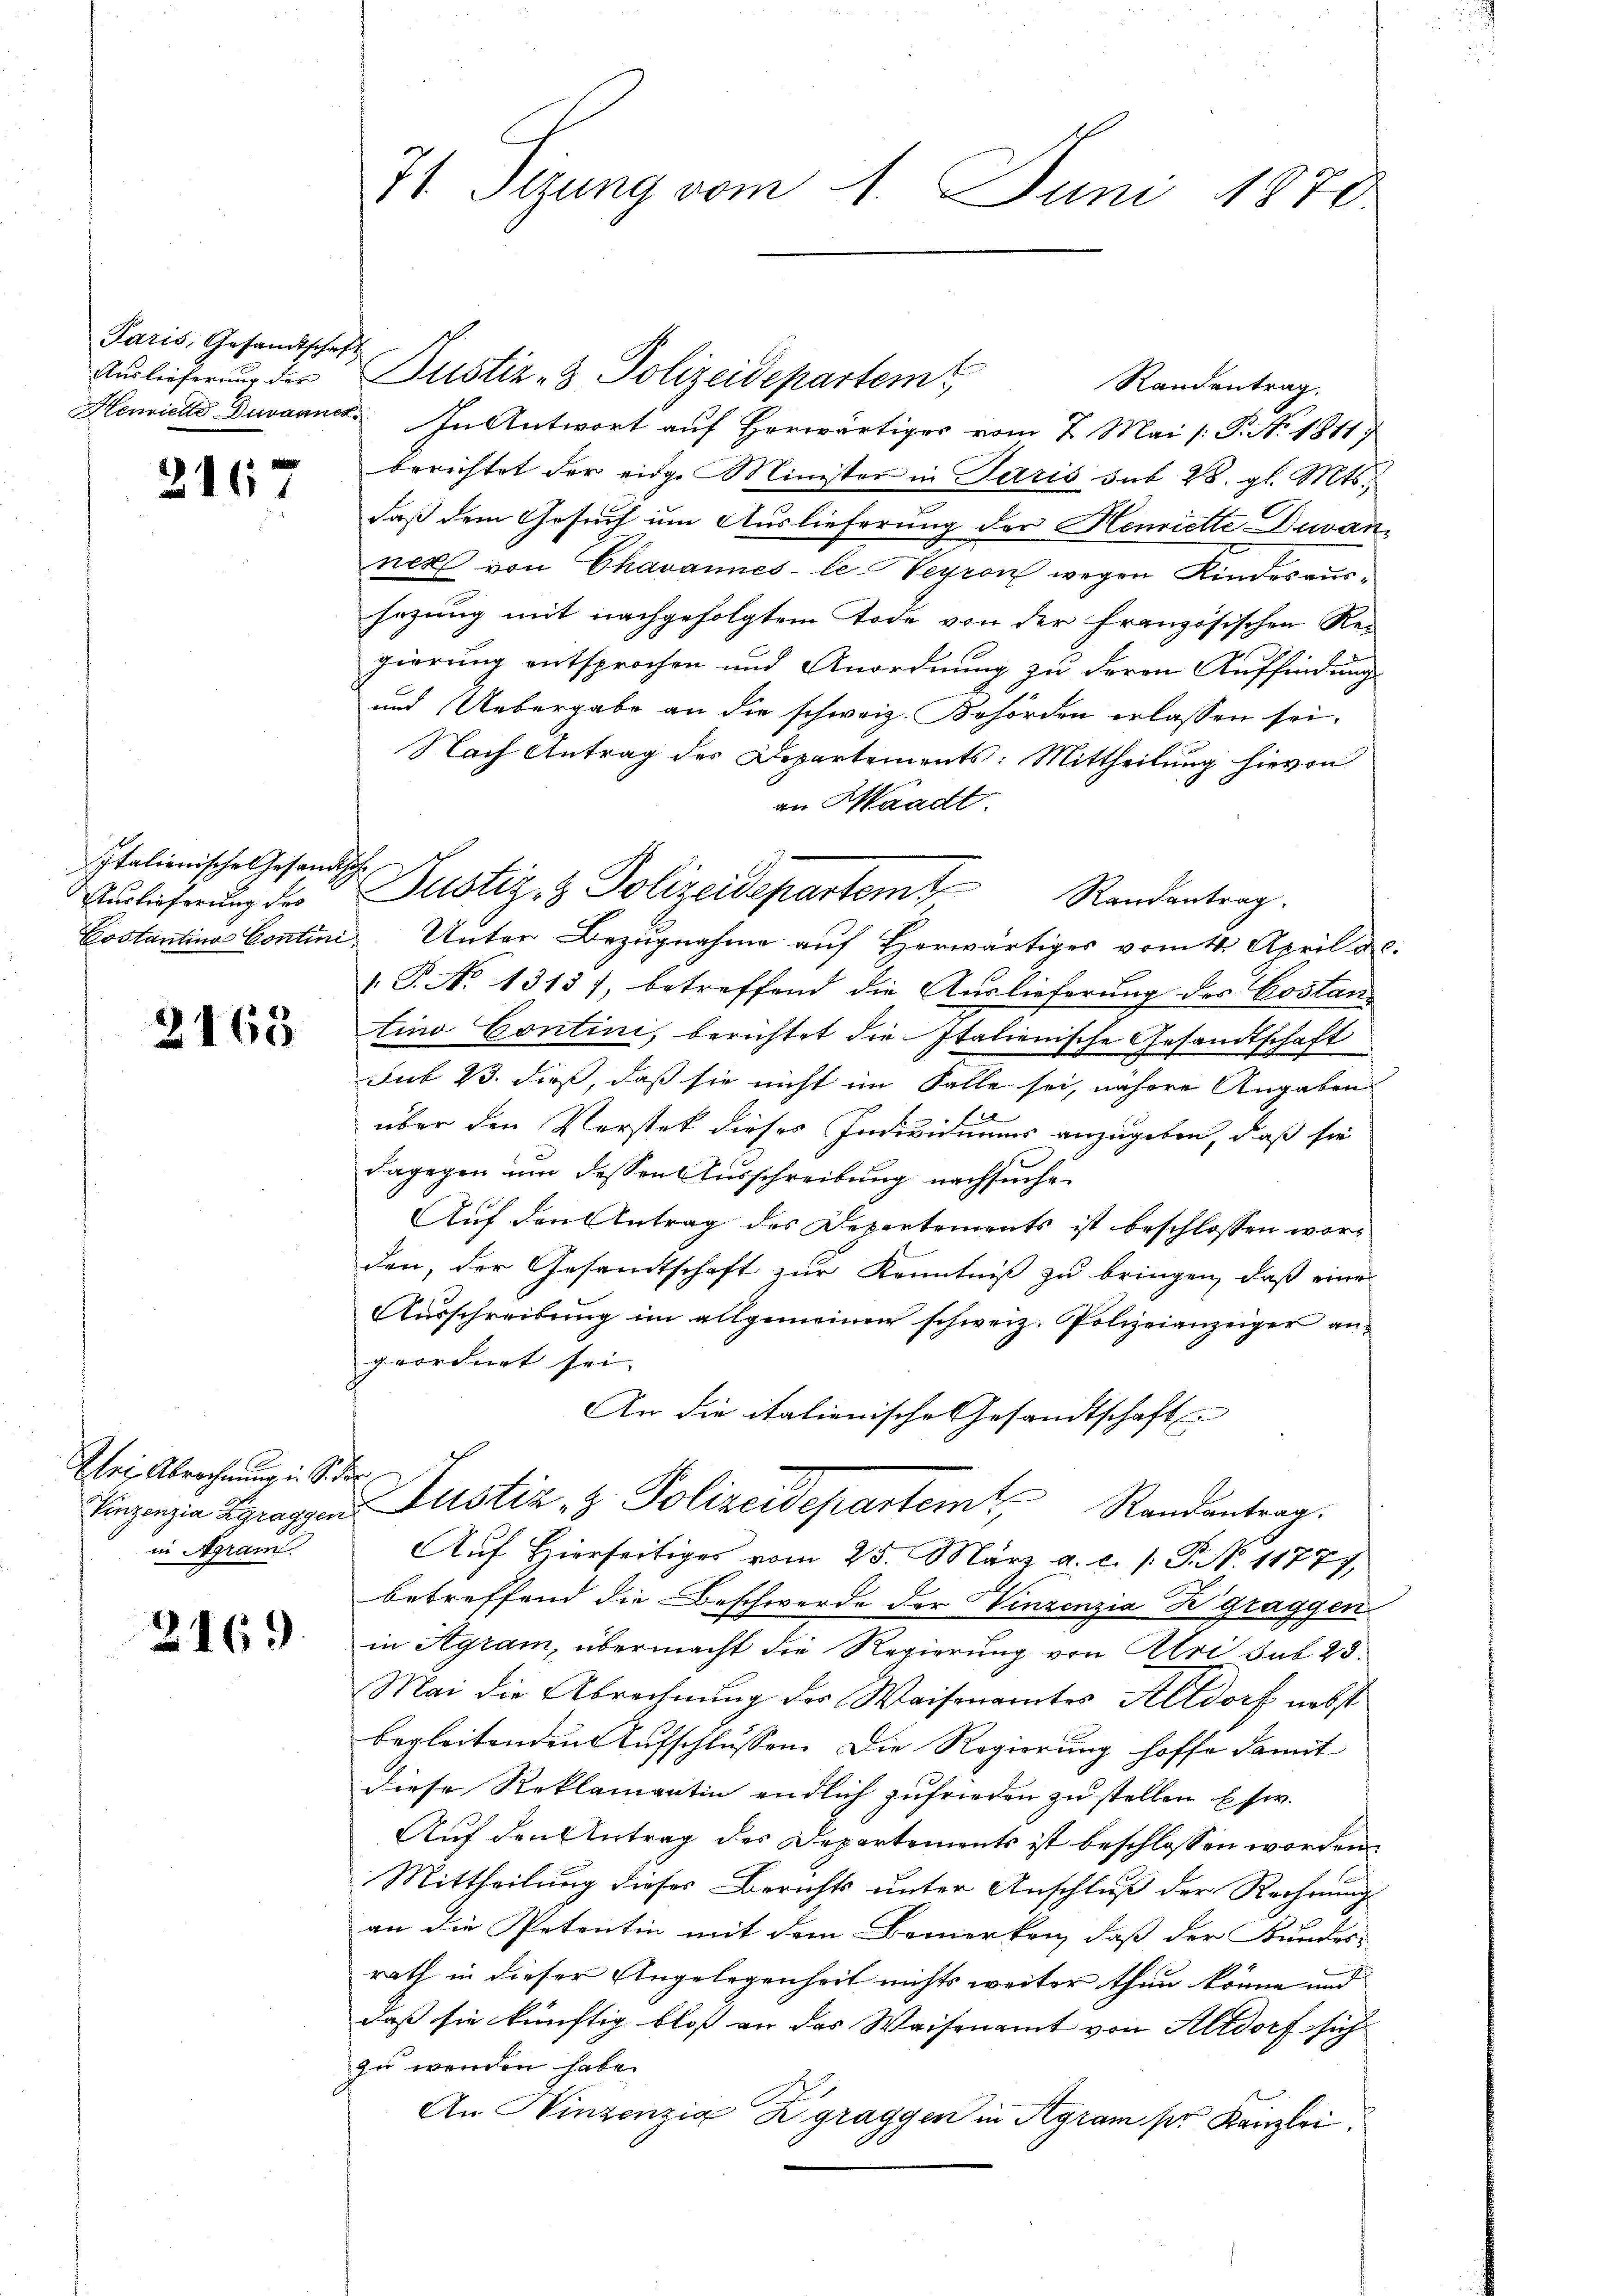
Paris, Gesandtschaft

2167

Italienische Gesandtsche
Auslieferung der

2163

Elei Abrechnung i. S.
Vinzenzia Zgraggen
in Agram

2169

7t Sitzung vom 1. Juni 1870

Auslieferŭng der Justiz- & Polizeidepartem
Randantrag.
Henrichte Duvannes. In Antwort auf Horwärtiges vom 7. Mai /: P. No. 1811.
berichtet der einge Minister in Paris sub 28. gl. Mts.,
daß dem Gesuch um Auslieferung der Henriette Duvan-
nes von Chavannes-le-Teyron wegen Kindesaussezung mit nachgefolgtem Tode von der französischen Regiörung entsprochen und Anordnung zu deren Auffindung
und Uebergabe an die schweiz. Behörden erlassen sei.
Nach Antrag des Departements: Mittheilung hievon
an Waadt.
Costantina Contini Unter Bezugnahme auf Herwärtiges vom 14. April a.c.
.P. No 1313), betreffend die Auslieferung des Costantino Contini, berichtet die Italienische Gesandtschaft
sub 23. dieß, daß sie nicht im Falle sei, nähere Angaben
über den Verstet dieses Individuums anzugeben, daß sie
dagegen um dessen Ausschreibung nachsuche.
Auf den Antrag des Departements ist beschlossen worden, der Gesandtschaft zur Kenntniß zu bringen, daß eine
Aŭsschreibŭng im allgemeinen schweiz. Polizeianzeiger angeordnet sei.
An die italienische Gesandtschaft
2
Justiz- & Polizeidepartem Randantrag.
Auf Hierseitiges vom 25. März a. c. /: P. N. 11777,
betreffend die Beschwerde der Vinzenzia Zgraggen
in Agram, übermacht die Regierung von Atri sub 23.
Mai die Abrechnung des Waisenamtes Altdorf nebst
begleitenden Aufschlüssen. Die Regierung hoffe damit
diese Reklamantin endlich zufrieden zu stellen Esw.
Auf den Antrag des Departements ist beschlossen worden.
Mittheilung dieses Berichts unter Anschluß der Rechnung
an die Petentin mit dem Bemerken, daß der Bundes-
rath in dieser Angelegenheit nichts weiter thun könne und
daß sie künftig blos an das Waisenamt von Altdorf sich
zu werden habe.
An Winzenzig Zgraggen in Agram per Kanzlei.

Justiz- & Polizeidepartem Randentrag.